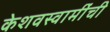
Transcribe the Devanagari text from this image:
केशवस्वामींची